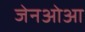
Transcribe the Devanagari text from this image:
जेनओआ